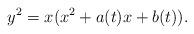
LaTeX: \begin{align*}y^2=x(x^2+a(t)x+b(t)).\end{align*}